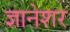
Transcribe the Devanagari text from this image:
ज्ञानेशर